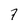
Character: 7